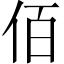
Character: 佰